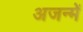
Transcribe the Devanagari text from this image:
अजन्में